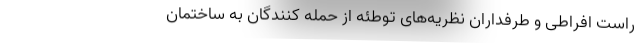
راست افراطی و طرفداران نظریه‌های توطئه از حمله کنندگان به ساختمان